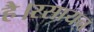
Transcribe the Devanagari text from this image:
है।रसायन